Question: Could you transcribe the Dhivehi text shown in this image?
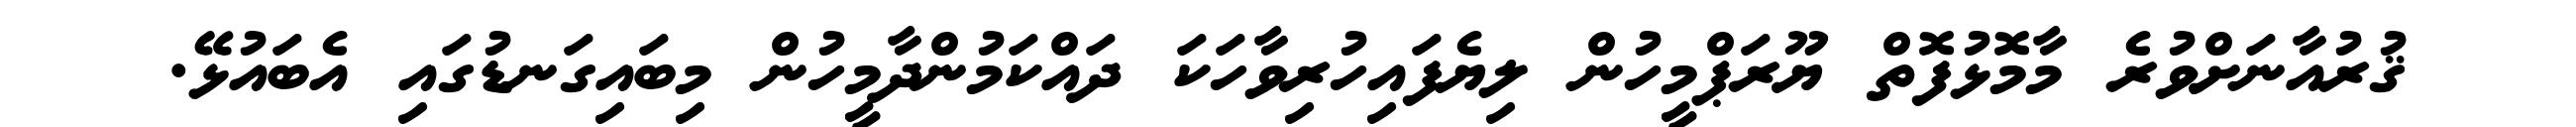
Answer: ޤުރުއާނަށްވުރެ މާމޮޅުފޮތް ޔޫރަޕްމީހުން ލިޔެފައިހުރިވާހަކަ ދައްކަމުންދާމީހުން މިބައިގަނޑުގައި އެބައުޅޭ.